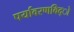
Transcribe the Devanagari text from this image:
पर्यावरणविद्ो